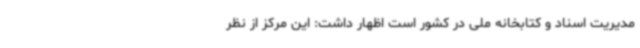
مدیریت اسناد و کتابخانه ملی در کشور است اظهار داشت: این مرکز از نظر